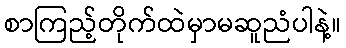
စာကြည့်တိုက်ထဲမှာမဆူညံပါနဲ့။